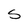
Character: S